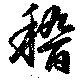
稽